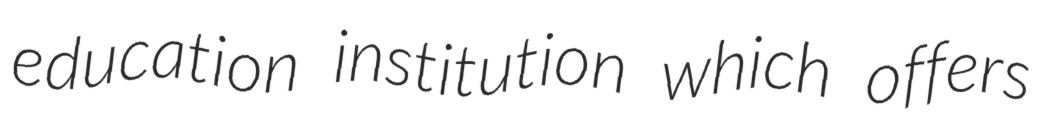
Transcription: education institution which offers